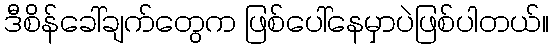
ဒီစိန်ခေါ်ချက်တွေက ဖြစ်ပေါ်နေမှာပဲဖြစ်ပါတယ်။